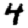
Digit: 4